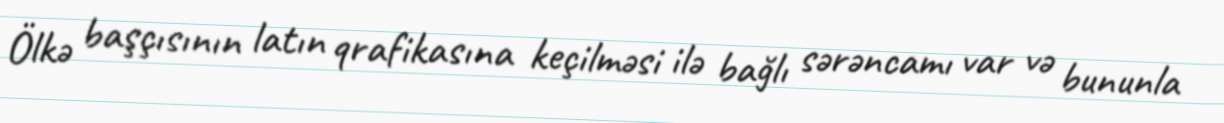
Ölkə başçısının latın qrafikasına keçilməsi ilə bağlı sərəncamı var və bununla